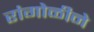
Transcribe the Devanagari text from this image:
रांंगोळीने